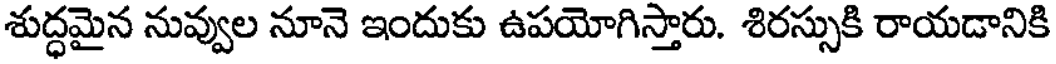
శుద్ధమైన నువ్వుల నూనె ఇందుకు ఉపయోగిస్తారు. శిరస్సుకి రాయడానికి